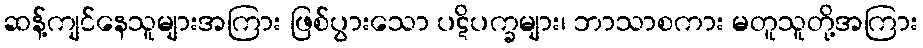
ဆန့်ကျင်နေသူများအကြား ဖြစ်ပွားသော ပဋိပက္ခများ၊ ဘာသာစကား မတူသူတို့အကြား